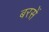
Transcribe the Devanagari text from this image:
बरसें